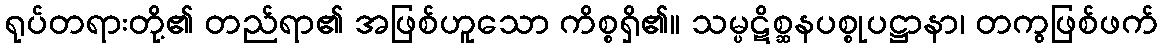
ရုပ်တရားတို့၏ တည်ရာ၏ အဖြစ်ဟူသော ကိစ္စရှိ၏။ သမ္ပဋိစ္ဆနပစ္စုပဋ္ဌာနာ၊ တကွဖြစ်ဖက်